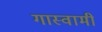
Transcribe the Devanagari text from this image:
गास्वामी